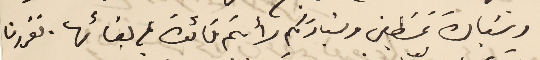
وسَيادة غسَطين وسَيادتكم رأيتم فائدة من بقائها. فقررنا